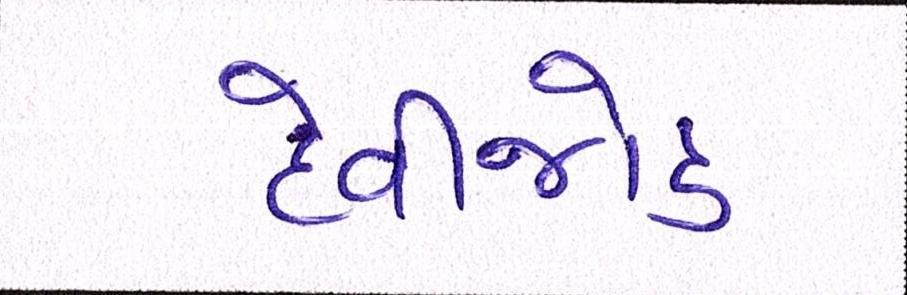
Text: દેવીજોડ